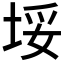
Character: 𱖰